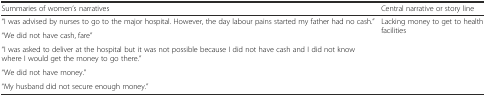
<table><thead><tr><td><b>Summaries of women’s narratives</b></td><td><b>Central narrative or story line</b></td></tr></thead><tbody><tr><td>“I was advised by nurses to go to the major hospital. However, the day labour pains started my father had no cash.”</td><td rowspan="5">Lacking money to get to health facilities</td></tr><tr><td>“We did not have cash, fare”</td></tr><tr><td>“I was asked to deliver at the hospital but it was not possible because I did not have cash and I did not know where I would get the money to go there.”</td></tr><tr><td>“We did not have money.”</td></tr><tr><td>“My husband did not secure enough money.”</td></tr></tbody></table>